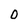
Character: O